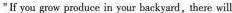
If you grow poduce in your backyard,there will